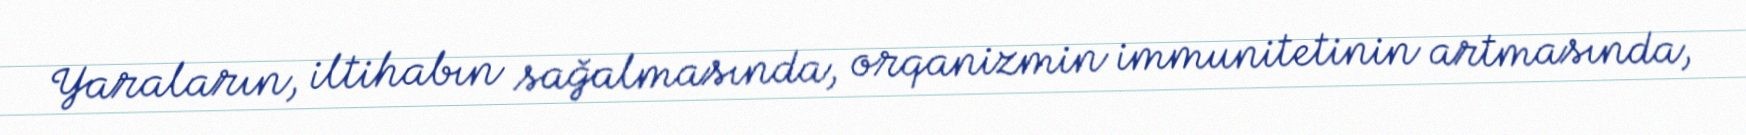
Yaraların, iltihabın sağalmasında, orqanizmin immunitetinin artmasında,